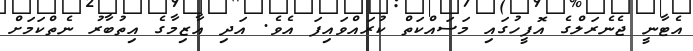
އެޓާނީ ޖެނެރަލްގެ އޮފީހުގައި މަސައްކަތް ކުރައްވައިފަ އެވެ. އަދި އާޒިމާގެ އިތުބާރު ނެތްކަމަށް